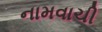
નામવાચી